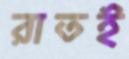
রাতই